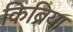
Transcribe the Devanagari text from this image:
किब्रिया